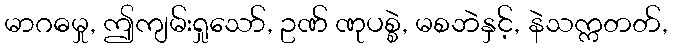
မာဂဓမှု, ဤကျမ်းရှုသော်, ဥဏ် ဏုပစ္စဲ, မစဘဲနှင့်, နဲသက္ကတတ်,